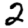
Digit: 2